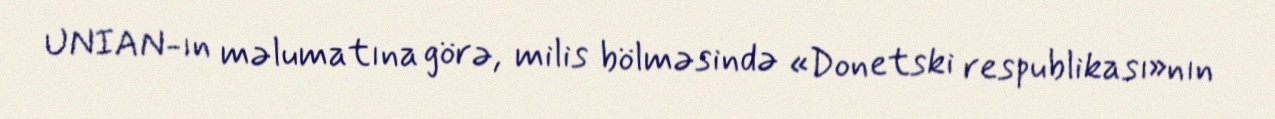
UNIAN-ın məlumatına görə, milis bölməsində «Donetski respublikası»nın